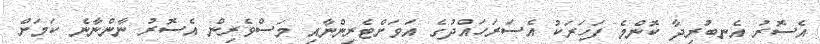
އެސޮރު އެނބުރިދާ ކޮންމެ ފަހަރަކު އެސަރަހައްދުގެ އަވަށްޓެރިންނާއި މަސްވެރިން އެސޮރު ނާންނާނެ ކަމަށް